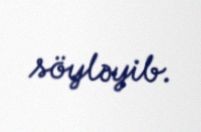
söyləyib.